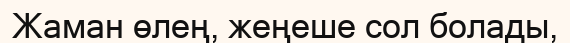
Жаман өлең, жеңеше сол болады,